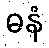
ဓနံ